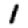
Digit: 1